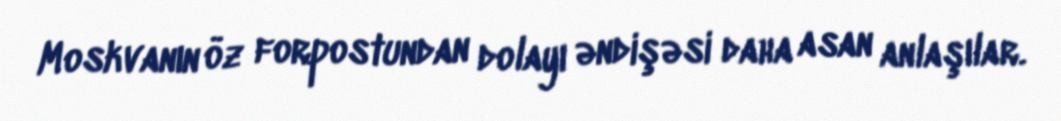
Moskvanın öz forpostundan dolayı əndişəsi daha asan anlaşılar.